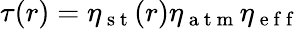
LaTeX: \tau(r)=\eta_{\mathrm{~s~t~}}(r)\eta_{\mathrm{~a~t~m~}}\eta_{\mathrm{~e~f~f~}}